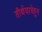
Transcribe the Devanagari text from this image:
तीर्थयात्रेहून